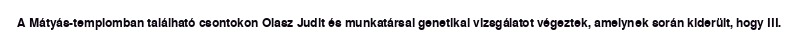
A Mátyás-templomban található csontokon Olasz Judit és munkatársai genetikai vizsgálatot végeztek, amelynek során kiderült, hogy III.